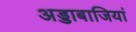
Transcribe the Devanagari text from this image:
अड्डाबाजियां